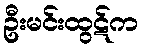
ဦးမင်းထွဋ်က